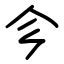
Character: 㐱